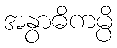
အနွာဓိကမ္ပိ